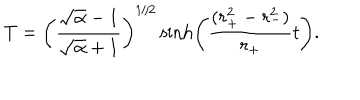
T = \left( \frac { \sqrt { \alpha } - 1 } { \sqrt { \alpha } + 1 } \right) ^ { 1 / 2 } \sinh \left( { \frac { ( r _ { + } ^ { 2 } - r _ { - } ^ { 2 } ) } { r _ { + } } } t \right) .